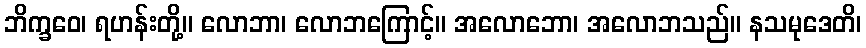
ဘိက္ခဝေ၊ ရဟန်းတို့။ လောဘာ၊ လောဘကြောင့်။ အလောဘော၊ အလောဘသည်။ နသမုဒေတိ၊